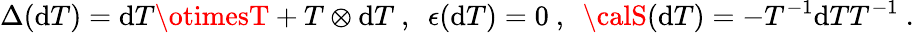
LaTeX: \Delta(\mathrm{d}T)=\mathrm{d}T\otimesT+T\otimes\mathrm{d}T~,{}~~\epsilon(\mathrm{d}T)=0~,~~{\calS}(\mathrm{d}T)=-T^{-1}\mathrm{d}TT^{-1}~.